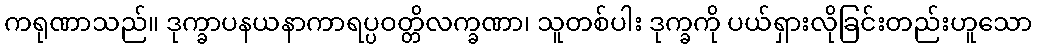
ကရုဏာသည်။ ဒုက္ခာပနယနာကာရပ္ပဝတ္တိလက္ခဏာ၊ သူတစ်ပါး ဒုက္ခကို ပယ်ရှားလိုခြင်းတည်းဟူသော